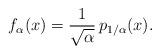
LaTeX: \begin{align*} f_\alpha(x) = \frac{1}{\sqrt{\alpha}} \, p_{1/\alpha}(x).\end{align*}